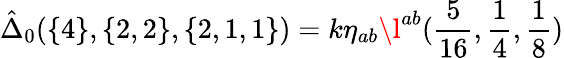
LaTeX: \hat{\Delta}_{0}(\{ 4\} ,\{ 2,2\} ,\{ 2,1,1\} )=k\eta_{ab}\l^{ab}(\frac{5}{16},\frac{1}{4},\frac{1}{8})